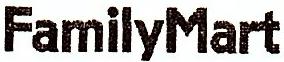
FAMILYMART